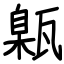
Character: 甈